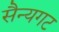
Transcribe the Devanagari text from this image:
सैन्यगट